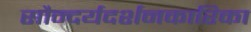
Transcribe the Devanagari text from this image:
सौन्दर्यदर्शनकारिका